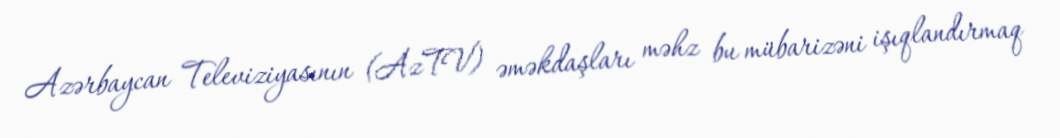
Azərbaycan Televiziyasının (AzTV) əməkdaşları məhz bu mübarizəni işıqlandırmaq